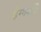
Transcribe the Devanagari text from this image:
हेग्गडति